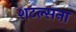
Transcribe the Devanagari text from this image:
शटल्सना